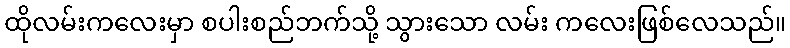
ထိုလမ်းကလေးမှာ စပါးစည်ဘက်သို့ သွားသော လမ်း ကလေးဖြစ်လေသည်။